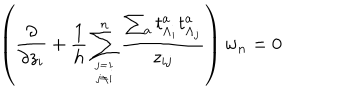
LaTeX: \left( { \frac { \partial } { \partial z _ { i } } } + { \frac { 1 } { h } } \sum _ { j = 1 \atop j \not = i } ^ { n } { \frac { \sum _ { a } t _ { \Lambda _ { i } } ^ { a } t _ { \Lambda _ { j } } ^ { a } } { z _ { i j } } } \right) w _ { n } = 0 \